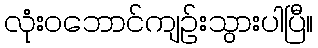
လုံးဝဘောင်ကျဉ်းသွားပါပြီ။